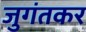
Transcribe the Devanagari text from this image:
जुगंतकर